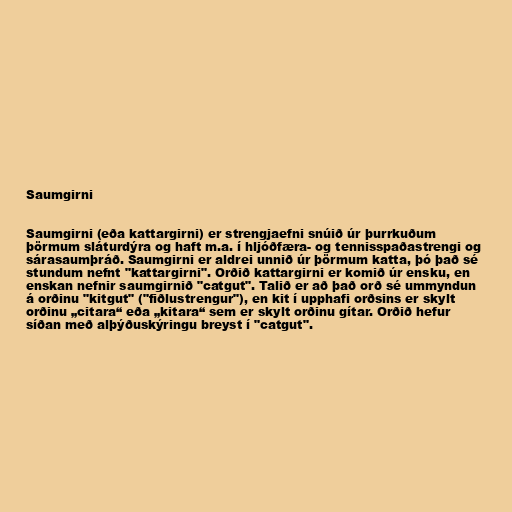
Saumgirni

Saumgirni (eða kattargirni) er strengjaefni snúið úr þurrkuðum
þörmum sláturdýra og haft m.a. í hljóðfæra- og tennisspaðastrengi og
sárasaumþráð. Saumgirni er aldrei unnið úr þörmum katta, þó það sé
stundum nefnt "kattargirni". Orðið kattargirni er komið úr ensku, en
enskan nefnir saumgirnið "catgut". Talið er að það orð sé ummyndun
á orðinu "kitgut" ("fiðlustrengur"), en kit í upphafi orðsins er skylt
orðinu „citara“ eða „kitara“ sem er skylt orðinu gítar. Orðið hefur
síðan með alþýðuskýringu breyst í "catgut".